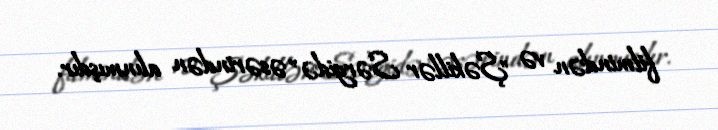
filmindən və "Şəkillər Sərgidə" əsərindən alınmışdır.